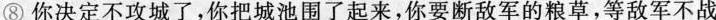
⑧ 你决定不攻城了，你把城池围了起来，你要断敌军的粮草，等敌军不战